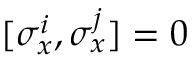
[ \sigma _ { x } ^ { i } , \sigma _ { x } ^ { j } ] = 0